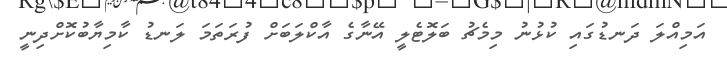
އަމިއްލަ ދަނޑުގައި ކުޅުނު މިމެޗު ބަލޮޓެލީ އޭނާގެ އާކްލަބަށް ފުރަތަމަ ލަނޑު ކާމިޔާބުކޮށްދިނީ